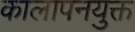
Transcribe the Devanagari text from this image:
कालापनयुक्त